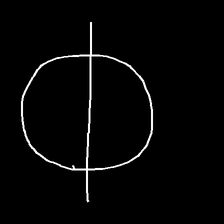
Glyph: orb